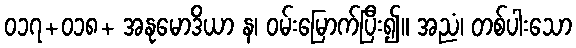
၀၁၇+၀၁၈+ အနုမောဒိယာ န၊ ဝမ်းမြောက်ပြီး၍။ အညံ၊ တစ်ပါးသော